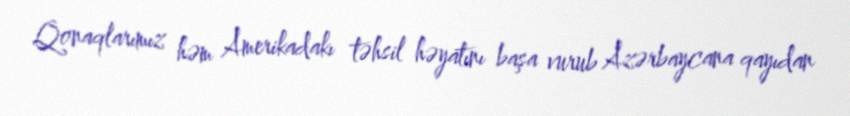
Qonaqlarımız həm Amerikadakı təhsil həyatını başa vurub Azərbaycana qayıdan